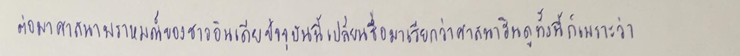
ต่อมาศาสนาพราหมณ์ของชาวอินเดียปัจจุบันนี้เปลี่ยนชื่อมาเรียกว่าศาสนาฮินดูทั้งนี้ก็เพราะว่า